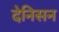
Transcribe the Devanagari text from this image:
देनिसन